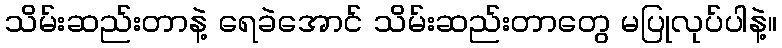
သိမ်းဆည်းတာနဲ့ ရေခဲအောင် သိမ်းဆည်းတာတွေ မပြုလုပ်ပါနဲ့။